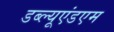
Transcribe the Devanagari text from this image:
डब्ल्यूएंडएम